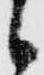
候